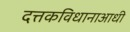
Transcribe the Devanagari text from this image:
दत्तकविधानाआधी